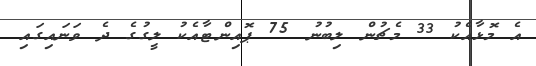
އެ މޮޅާއެކު 33 މެޗުން ލިބުނު 75 ޕޮއިންޓާއެކު ލީގުގެ ދެ ވަނައިގައި